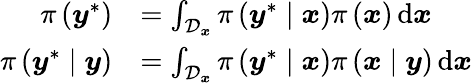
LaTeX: \begin{array}{rl}{\pi\left(\boldsymbol{y}^{\ast}\right)}&{=\int_{\mathcal{D}_{\boldsymbol{x}}}\pi\left(\boldsymbol{y}^{\ast}\mid\boldsymbol{x}\right)\pi\left(\boldsymbol{x}\right)\, \mathrm{d}\boldsymbol{x}}\\ {\pi\left(\boldsymbol{y}^{\ast}\mid\boldsymbol{y}\right)}&{=\int_{\mathcal{D}_{\boldsymbol{x}}}\pi\left(\boldsymbol{y}^{\ast}\mid\boldsymbol{x}\right)\pi\left(\boldsymbol{x}\mid\boldsymbol{y}\right)\, \mathrm{d}\boldsymbol{x}}\end{array}